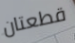
قطعتان